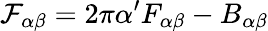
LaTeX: {\cal F}_{\alpha\beta}=2\pi\alpha^{\prime}F_{\alpha\beta}-B_{\alpha\beta}